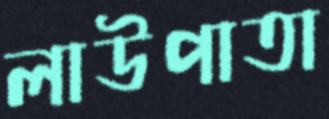
লাউপাতা